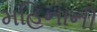
મહિનાની